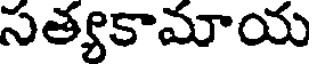
సత్యకామాయ